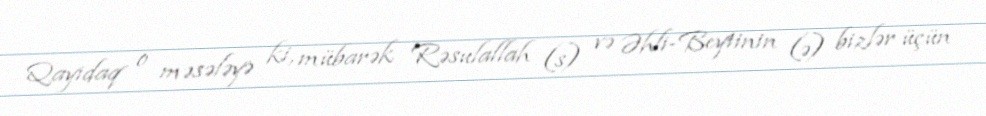
Qayıdaq o məsələyə ki, mübarək Rəsulallah (s) və Əhli-Beytinin (ə) bizlər üçün